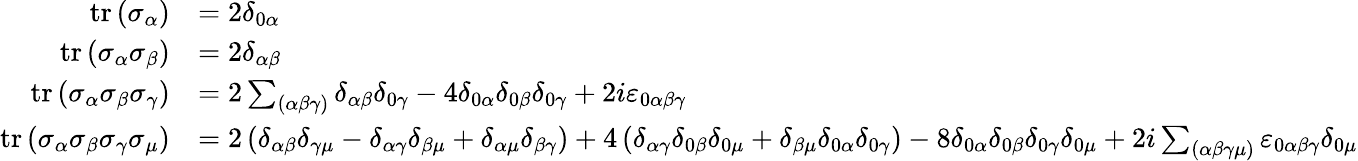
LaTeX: {\begin{array}{rl}{\operatorname{tr}\left(\sigma_{\alpha}\right)}&{=2\delta_{0\alpha}}\\ {\operatorname{tr}\left(\sigma_{\alpha}\sigma_{\beta}\right)}&{=2\delta_{\alpha\beta}}\\ {\operatorname{tr}\left(\sigma_{\alpha}\sigma_{\beta}\sigma_{\gamma}\right)}&{=2\sum_{(\alpha\beta\gamma)}\delta_{\alpha\beta}\delta_{0\gamma}-4\delta_{0\alpha}\delta_{0\beta}\delta_{0\gamma}+2i\varepsilon_{0\alpha\beta\gamma}}\\ {\operatorname{tr}\left(\sigma_{\alpha}\sigma_{\beta}\sigma_{\gamma}\sigma_{\mu}\right)}&{=2\left(\delta_{\alpha\beta}\delta_{\gamma\mu}-\delta_{\alpha\gamma}\delta_{\beta\mu}+\delta_{\alpha\mu}\delta_{\beta\gamma}\right)+4\left(\delta_{\alpha\gamma}\delta_{0\beta}\delta_{0\mu}+\delta_{\beta\mu}\delta_{0\alpha}\delta_{0\gamma}\right)-8\delta_{0\alpha}\delta_{0\beta}\delta_{0\gamma}\delta_{0\mu}+2i\sum_{(\alpha\beta\gamma\mu)}\varepsilon_{0\alpha\beta\gamma}\delta_{0\mu}}\end{array}}